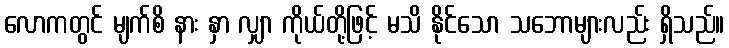
လောကတွင် မျက်စိ နား နှာ လျှာ ကိုယ်တို့ဖြင့် မသိ နိုင်သော သဘောများလည်း ရှိသည်။